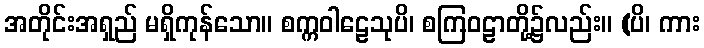
အတိုင်းအရှည် မရှိကုန်သော။ စက္ကဝါဠေသုပိ၊ စကြဝဠာတို့၌လည်း။ (ပိ၊ ကား